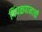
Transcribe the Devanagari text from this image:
पिंपळपानाची